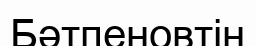
Бәтпеновтің